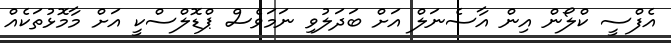
އެފްސީ ކްލޯން އިން އާސެނަލް އަށް ބަދަލުވި ނަމަވެސް ޕްޑޮލްސްކީ އަށް މާމޮޅުތަކެއް